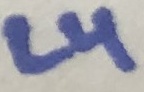
Text: L4